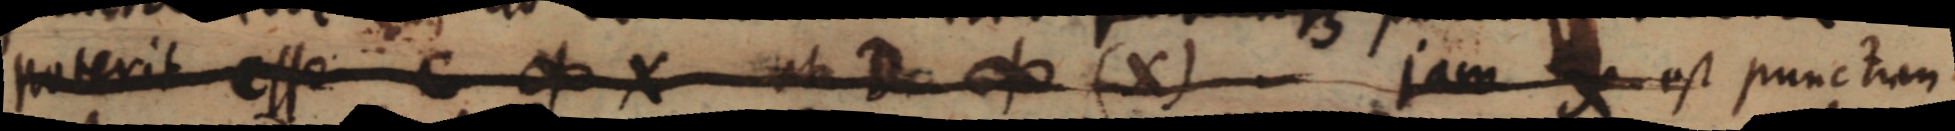
poterit esse C ∞ X et D ∞ (X) jam X est punctum